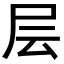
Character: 层